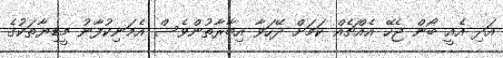
އަދި އެއީ ބޯން ޖެހޭ އެއްޗެއް ކަމަށް ދޭހަވާ އިބާރާތުންވެސް އެމަނިކުފާނު މީޑިޔާތަކުގެ